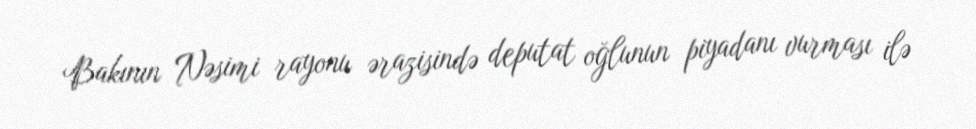
Bakının Nəsimi rayonu ərazisində deputat oğlunun piyadanı vurması ilə